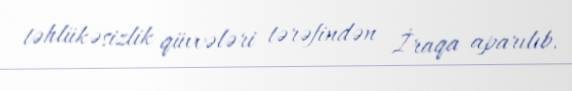
təhlükəsizlik qüvvələri tərəfindən İraqa aparılıb.